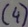
Text: (4)